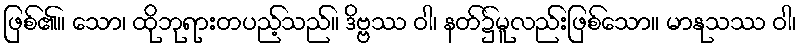
ဖြစ်၏။ သော၊ ထိုဘုရားတပည့်သည်။ ဒိဗ္ဗဿ ဝါ၊ နတ်၌မူလည်းဖြစ်သော။ မာနုသဿ ဝါ၊